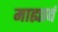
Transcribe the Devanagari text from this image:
माह्यावं